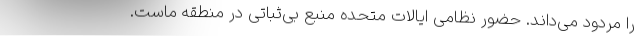
را مردود می‌داند. حضور نظامی ایالات متحده منبع بی‌ثباتی در منطقه ماست.